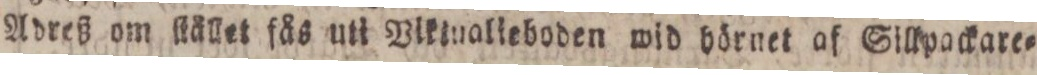
Adreß om ſtållet fås uti Viklualieboden wid hörnet af Sillpackare=